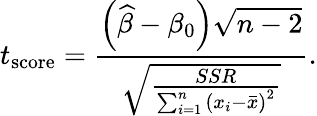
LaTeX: t_{\mathrm{score}}={\frac{\left({\widehat{\beta}}-\beta_{0}\right){\sqrt{n-2}}}{\sqrt{\frac{SSR}{\sum_{i=1}^{n}\left(x_{i}-{\bar{x}}\right)^{2}}}}}.